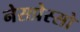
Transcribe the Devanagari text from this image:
नेसप्रेस्सो